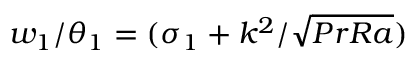
w _ { 1 } / \theta _ { 1 } = ( \sigma _ { 1 } + k ^ { 2 } / \sqrt { P r R a } )